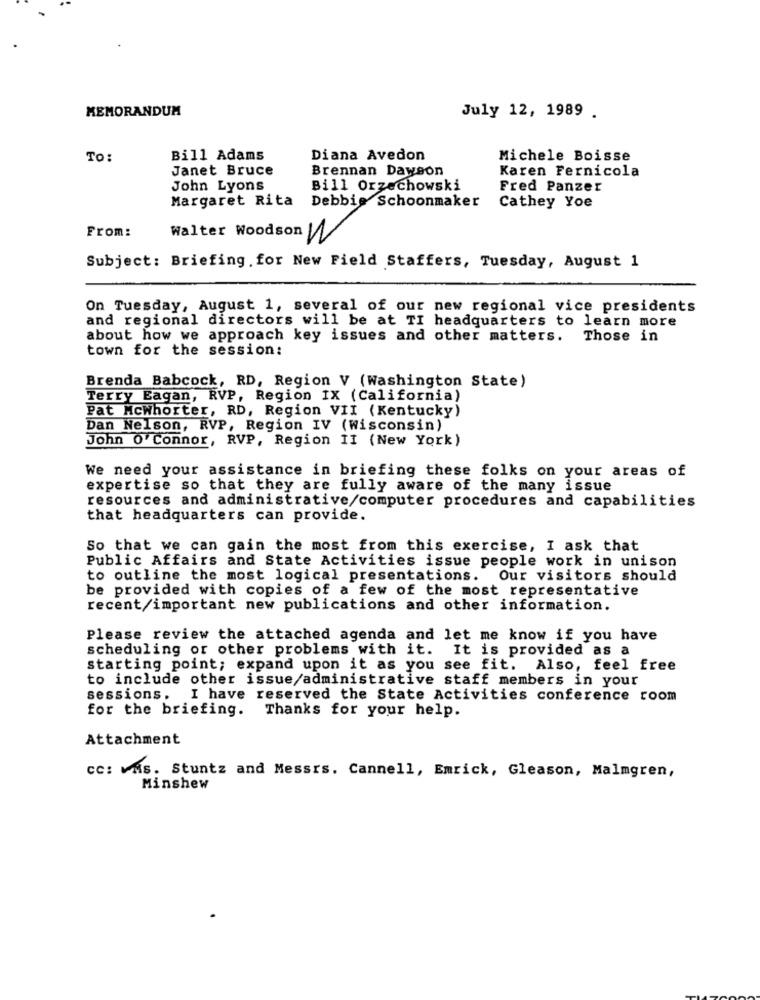
MEMORANDUM
July 12, 1989 .
To:
Bill Adams
Diana Avedon
Michele Boisse
Janet Bruce
Brennan Dawson
Karen Fernicola
John Lyons
Bill Orzechowski
Fred Panzer
Margaret Rita
Debbie Schoonmaker
Cathey Yoe
From:
Walter Woodson
2
Subject: Briefing. for New Field Staffers, Tuesday, August 1
On Tuesday, August 1, several of our new regional vice presidents
and regional directors will be at TI headquarters to learn more
about how we approach key issues and other matters.
Those in
town for the session:
Brenda Babcock, RD, Region V (Washington State)
Terry Eagan, RVP, Region IX (California)
Pat Mcwhorter, RD, Region VII (Kentucky)
Dan Nelson, RVP, Region IV (Wisconsin)
John O' Connor, RVP, Region II (New York)
We need your assistance in briefing these folks on your areas of
expertise so that they are fully aware of the many issue
resources and administrative/computer procedures and capabilities
that headquarters can provide.
So that we can gain the most from this exercise, I ask that
Public Affairs and State Activities issue people work in unison
to outline the most logical presentations. Our visitors should
be provided with copies of a few of the most representative
recent/important new publications and other information.
Please review the attached agenda and let me know if you have
scheduling or other problems with it. It is provided as a
starting point; expand upon it as you see fit. Also, feel free
to include other issue/administrative staff members in your
sessions. I have reserved the State Activities conference room
for the briefing.
Thanks for your help.
Attachment
CC: VAS. Stuntz and Messrs. Cannell, Emrick, Gleason, Malmgren,
Minshew